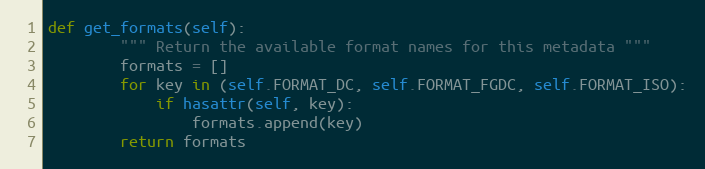
Language: Python
def get_formats(self):
        """ Return the available format names for this metadata """
        formats = []
        for key in (self.FORMAT_DC, self.FORMAT_FGDC, self.FORMAT_ISO):
            if hasattr(self, key):
                formats.append(key)
        return formats